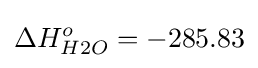
\Delta H_{H2O}^{o}=-285.83